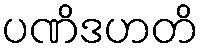
ပဏိဒဟတိ